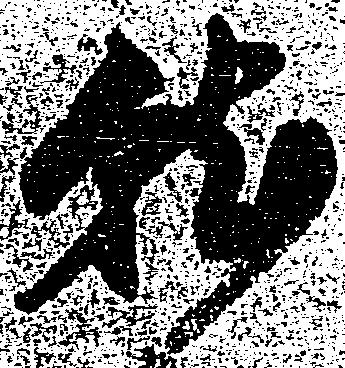
就